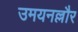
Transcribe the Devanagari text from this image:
उमयनल्लौर